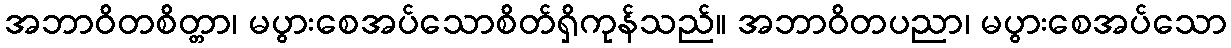
အဘာဝိတစိတ္တာ၊ မပွားစေအပ်သောစိတ်ရှိကုန်သည်။ အဘာဝိတပညာ၊ မပွားစေအပ်သော